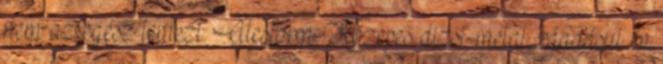
nem az egész lemezt. Alestorm: Közepes dizsi-metal, ráadásul én